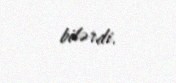
bilərdi.